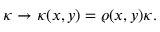
\begin{array} { r } { \kappa \rightarrow \kappa ( x , y ) = \varrho ( x , y ) \kappa . } \end{array}